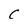
Character: C